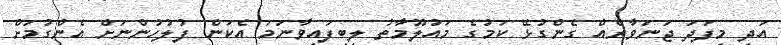
އަދި މިފަދަ ޖަނަވާރެއް ގެންގުޅޭ ކަމުގެ މައުލޫމާތު ލިބިފައިވާނަމަ އެކަން ފުލުހުންނަށް އެންގުމަށް